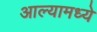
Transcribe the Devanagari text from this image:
आल्यामध्ये